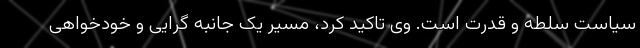
سیاست سلطه و قدرت است. وی تاکید کرد، مسیر یک جانبه گرایی‌ و خودخواهی